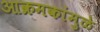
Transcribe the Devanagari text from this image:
आक्रमकांमुळे